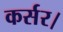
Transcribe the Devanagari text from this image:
कर्सर।